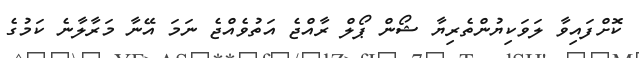
ކޮށްފައިވާ ލަވަކިޔުންތެރިޔާ ޝޯން ޕޯލް ރާއްޖެ އަތުވެއްޖެ ނަމަ އޭނާ މަރާލާނެ ކަމުގެ